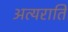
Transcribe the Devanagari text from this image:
अत्यराति